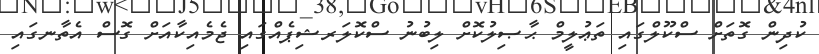
ކުދިން ގޮތަށް ސްކޫލްގައި ތަޢުލީމް ޙާޞިލުކޮށް ލިބުނު ސްކޮލަރޝިޕެއްގައި ޖެމެއިކާއަށް ގޮސް އެތާނގައި